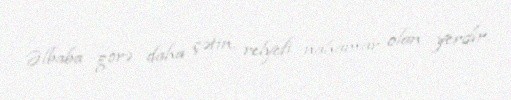
Əlbaba görə daha çətin, relyefi nahamar olan yerdir.